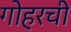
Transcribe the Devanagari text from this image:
गोहरची